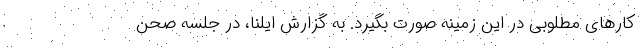
کارهای مطلوبی در این زمینه صورت بگیرد. به گزارش ایلنا، در جلسه صحن